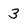
Character: 3